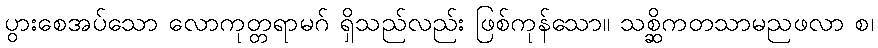
ပွားစေအပ်သော လောကုတ္တရာမဂ် ရှိသည်လည်း ဖြစ်ကုန်သော။ သစ္ဆိကတသာမညဖလာ စ၊